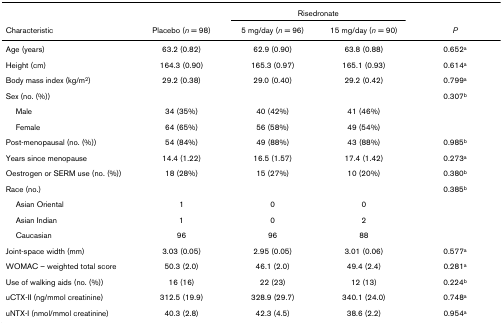
<table><thead><tr><td></td><td></td><td colspan="2"><b>Risedronate</b></td><td></td></tr><tr><td><b>Characteristic</b></td><td><b>Placebo (<i>n </i>= 98)</b></td><td><b>5 mg/day (<i>n </i>= 96)</b></td><td><b>15 mg/day (<i>n </i>= 90)</b></td><td><b><i>P</i></b></td></tr></thead><tbody><tr><td>Age (years)</td><td>63.2 (0.82)</td><td>62.9 (0.90)</td><td>63.8 (0.88)</td><td>0.652<sup>a</sup></td></tr><tr><td>Height (cm)</td><td>164.3 (0.90)</td><td>165.3 (0.97)</td><td>165.1 (0.93)</td><td>0.614<sup>a</sup></td></tr><tr><td>Body mass index (kg/m<sup>2</sup>)</td><td>29.2 (0.38)</td><td>29.0 (0.40)</td><td>29.2 (0.42)</td><td>0.799<sup>a</sup></td></tr><tr><td>Sex (no. (%))</td><td></td><td></td><td></td><td>0.307<sup>b</sup></td></tr><tr><td> Male</td><td>34 (35%)</td><td>40 (42%)</td><td>41 (46%)</td><td></td></tr><tr><td> Female</td><td>64 (65%)</td><td>56 (58%)</td><td>49 (54%)</td><td></td></tr><tr><td>Post-menopausal (no. (%))</td><td>54 (84%)</td><td>49 (88%)</td><td>43 (88%)</td><td>0.985<sup>b</sup></td></tr><tr><td>Years since menopause</td><td>14.4 (1.22)</td><td>16.5 (1.57)</td><td>17.4 (1.42)</td><td>0.273<sup>a</sup></td></tr><tr><td>Oestrogen or SERM use (no. (%))</td><td>18 (28%)</td><td>15 (27%)</td><td>10 (20%)</td><td>0.380<sup>b</sup></td></tr><tr><td>Race (no.)</td><td></td><td></td><td></td><td>0.385<sup>b</sup></td></tr><tr><td> Asian Oriental</td><td>1</td><td>0</td><td>0</td><td></td></tr><tr><td> Asian Indian</td><td>1</td><td>0</td><td>2</td><td></td></tr><tr><td> Caucasian</td><td>96</td><td>96</td><td>88</td><td></td></tr><tr><td>Joint-space width (mm)</td><td>3.03 (0.05)</td><td>2.95 (0.05)</td><td>3.01 (0.06)</td><td>0.577<sup>a</sup></td></tr><tr><td>WOMAC – weighted total score</td><td>50.3 (2.0)</td><td>46.1 (2.0)</td><td>49.4 (2.4)</td><td>0.281<sup>a</sup></td></tr><tr><td>Use of walking aids (no. (%))</td><td>16 (16)</td><td>22 (23)</td><td>12 (13)</td><td>0.224<sup>b</sup></td></tr><tr><td>uCTX-II (ng/mmol creatinine)</td><td>312.5 (19.9)</td><td>328.9 (29.7)</td><td>340.1 (24.0)</td><td>0.748<sup>a</sup></td></tr><tr><td>uNTX-I (nmol/mmol creatinine)</td><td>40.3 (2.8)</td><td>42.3 (4.5)</td><td>38.6 (2.2)</td><td>0.954<sup>a</sup></td></tr></tbody></table>